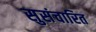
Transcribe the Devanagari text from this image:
सुसंचारित